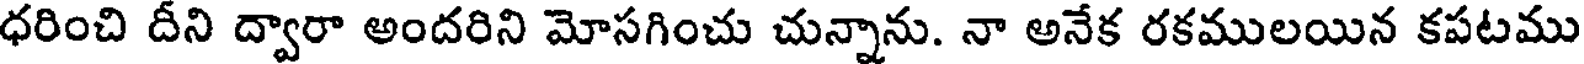
ధరించి దీని ద్వారా అందరిని మోసగించు చున్నాను. నా అనేక రకములయిన కపటము